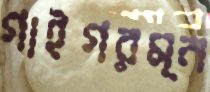
গাইগরম্ন